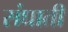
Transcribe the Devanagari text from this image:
संघाती